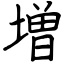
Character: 増